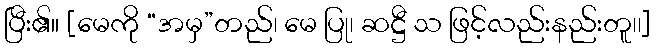
ပြီး၏။ [မေကို “အမှ”တည်၊ မေ ပြု၊ ဆဋ္ဌီ သ ဖြင့်လည်းနည်းတူ၊၊]